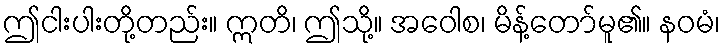
ဤငါးပါးတို့တည်း။ ဣတိ၊ ဤသို့။ အဝေါစ၊ မိန့်တော်မူ၏။ နဝမံ၊